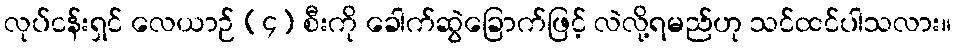
လုပ်ငန်းရှင် လေယာဉ် (၄) စီးကို ခေါက်ဆွဲခြောက်ဖြင့် လဲလို့ရမည်ဟု သင်ထင်ပါသလား။